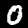
Label: 0